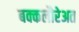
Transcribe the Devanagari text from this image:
बक्कलौरेअत